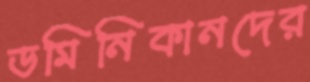
ডমিনিকানদের